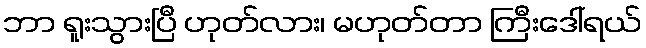
ဘာ ရူးသွားပြီ ဟုတ်လား၊ မဟုတ်တာ ကြီးဒေါ်ရယ်